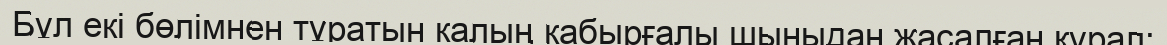
Бұл екі бөлімнен тұратын калың кабырғалы шыныдан жасалған құрал: